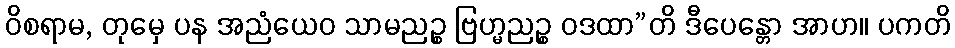
ဝိစရာမ, တုမှေ ပန အညံယေဝ သာမညဉ္စ ဗြဟ္မညဉ္စ ဝဒထာ”တိ ဒီပေန္တော အာဟ။ ပကတိ